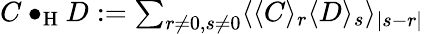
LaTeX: \textstyle C\bullet_{\mathrm{H}}D:=\sum_{r\neq 0,s\neq 0}\langle\langle C\rangle_{r}\langle D\rangle_{s}\rangle_{|s-r|}